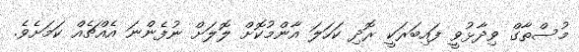
މުސްތާގް ވިދާޅުވީ ފައިބަރަކީ ރޮދި ކަހަލަ އާންމުކޮށް ލޮލަށް ނުފެންނަ އެއްޗެއް ކަމަށެވެ.